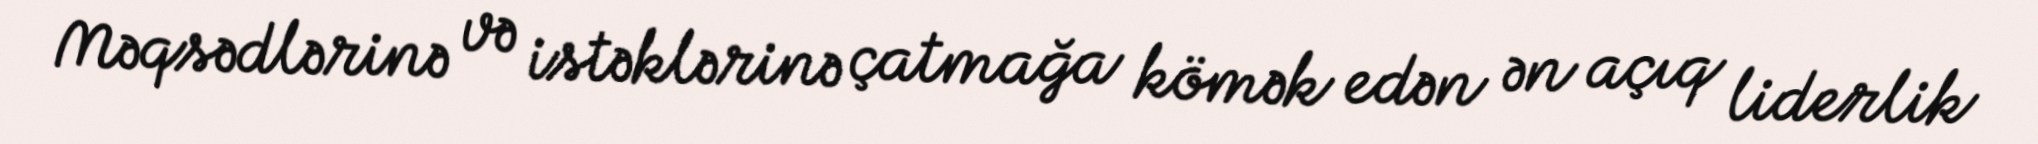
Məqsədlərinə və istəklərinə çatmağa kömək edən ən açıq liderlik